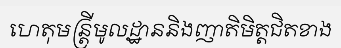
ហេតុមន្ត្រីមូលដ្ឋាននិងញាតិមិត្តជិតខាង